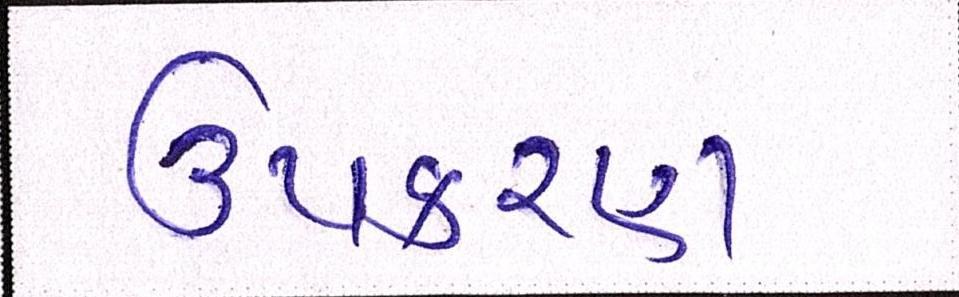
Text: ઉપકરણ